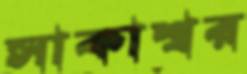
সাকাশ্বর